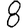
Digit: 8